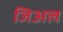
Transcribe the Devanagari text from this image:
जिअल